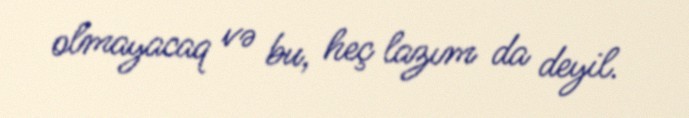
olmayacaq və bu, heç lazım da deyil.